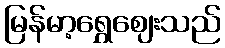
မြန်မာ့ရွှေဈေးသည်